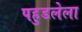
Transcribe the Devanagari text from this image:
पहुडलेला